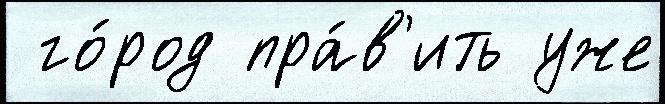
 го́род пра́в'ить уже